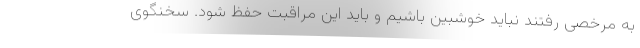
به مرخصی رفتند نباید خوشبین باشیم و باید این مراقبت حفظ شود. سخنگوی